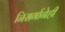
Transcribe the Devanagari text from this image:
निसर्गानेही